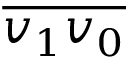
{ \overline { { v _ { 1 } v _ { 0 } } } }